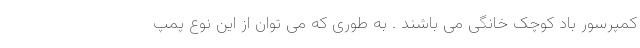
کمپرسور باد کوچک خانگی می باشند . به طوری که می توان از این نوع پمپ